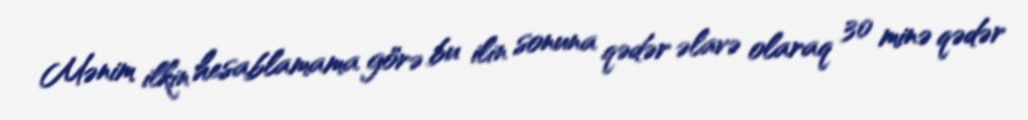
Mənim ilkin hesablamama görə bu ilin sonuna qədər əlavə olaraq 30 minə qədər